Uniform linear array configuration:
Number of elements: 4
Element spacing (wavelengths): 0.25
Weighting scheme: uniform
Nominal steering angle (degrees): -30
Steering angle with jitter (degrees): -31.376
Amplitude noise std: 0.05
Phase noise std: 0.05

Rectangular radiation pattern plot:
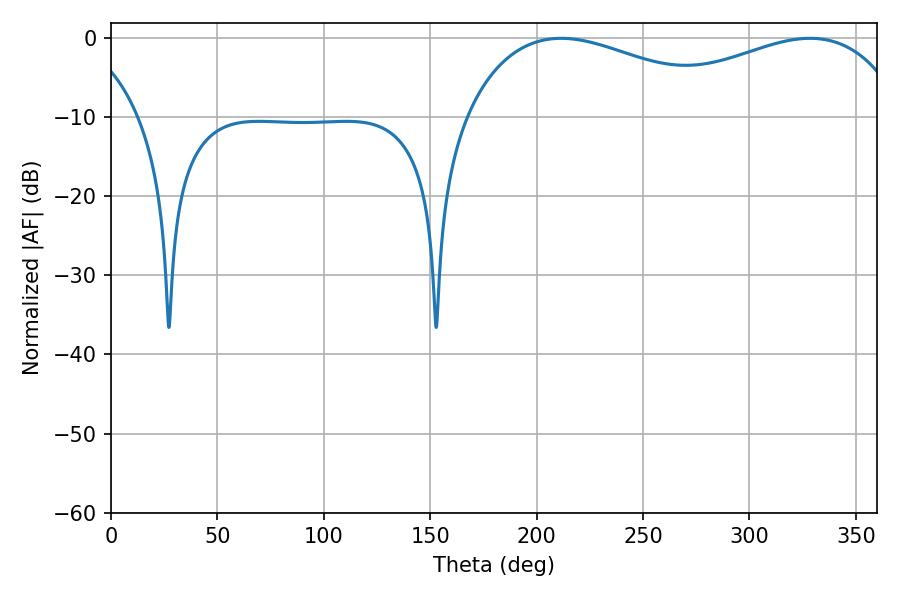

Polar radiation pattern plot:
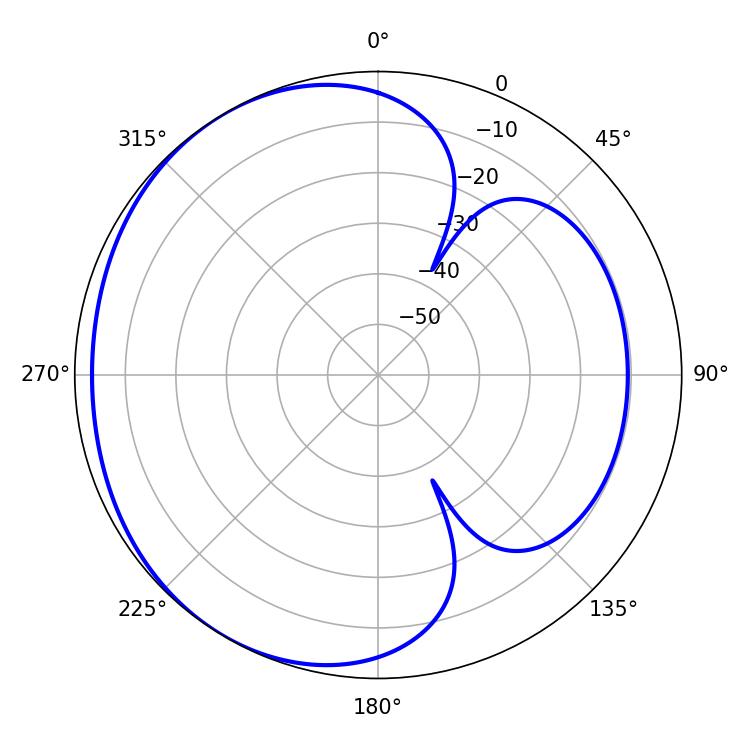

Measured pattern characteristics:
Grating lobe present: FALSE
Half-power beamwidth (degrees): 72.36
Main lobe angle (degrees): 211.5